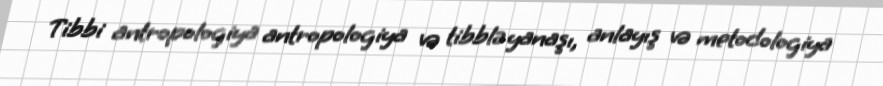
Tibbi antropologiya antropologiya və tibblə yanaşı, anlayış və metodologiya